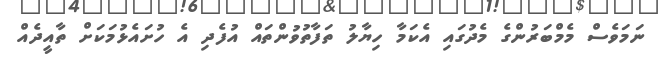
ނަމަވެސް މެމްބަރުންގެ މެދުގައި އެކަމާ ހިޔާލު ތަފާތުވުންތައް އުފެދި އެ ހުށައެޅުމަކަށް ތާއީދެއް